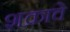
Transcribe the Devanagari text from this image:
शक्राचे